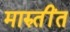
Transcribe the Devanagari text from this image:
मारुतींत